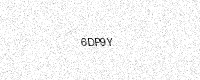
Text: 6DP9Y